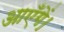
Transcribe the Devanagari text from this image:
आएँगें।